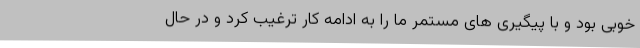
خوبی بود و با پیگیری های مستمر ما را به ادامه کار ترغیب کرد و در حال